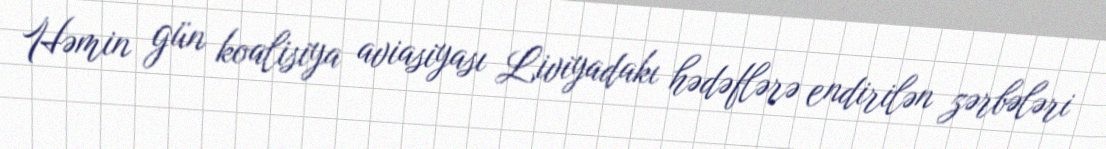
Həmin gün koalisiya aviasiyası Liviyadakı hədəflərə endirilən zərbələri